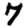
Digit: 7